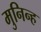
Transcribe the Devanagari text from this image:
मुनिन्ह